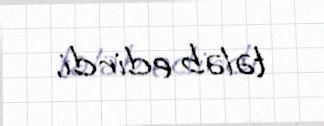
tələb edirdi.